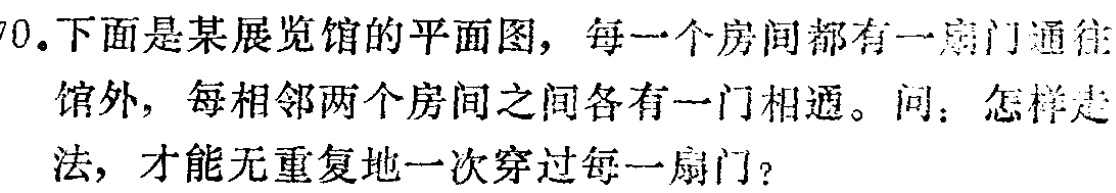
70.下面是某展览馆的平面图，每一个房间都有一扇门通往馆外，每相邻两个房间之间各有一门相通。问：怎样走法，才能无重复地一次穿过每一扇门？